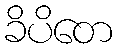
ခိပိတေ